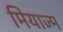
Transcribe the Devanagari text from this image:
मियाज्म